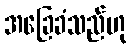
အခြေခံသည်ဟု